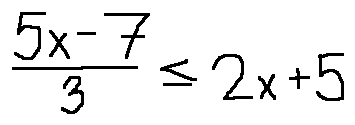
\frac { 5 x - 7 } { 3 } \leq 2 x + 5